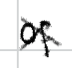
Text: of
Cross-out: cross
Writing tool: digital_black